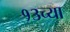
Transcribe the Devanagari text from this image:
१३च्या